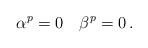
LaTeX: \begin{align*}\alpha^{p} = 0 \quad\beta^{p} = 0\,.\end{align*}